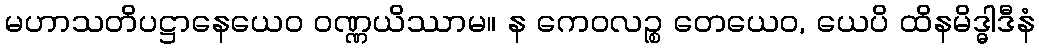
မဟာသတိပဋ္ဌာနေယေဝ ဝဏ္ဏယိဿာမ။ န ကေဝလဉ္စ တေယေဝ, ယေပိ ထိနမိဒ္ဓါဒီနံ